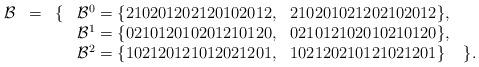
LaTeX: \begin{align*}\begin{array}{lccllc}\mathcal{B} & = & \{ & \mathcal{B}^0 = \{210201202120102012, & 210201021202102012\}, & \\ & & & \mathcal{B}^1 = \{021012010201210120, & 021012102010210120\}, & \\ & & & \mathcal{B}^2 = \{102120121012021201, & 102120210121021201\} & \}.\end{array}\end{align*}